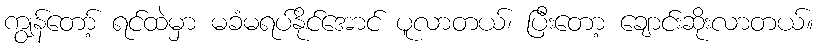
ကျွန်တော့် ရင်ထဲမှာ မခံမရပ်နိုင်အောင် ပူလာတယ်၊ ပြီးတော့ ချောင်းဆိုးလာတယ်။